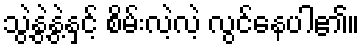
သွဲ့နွဲ့နွဲ့နှင့် စိမ်းလဲ့လဲ့ လွင်နေပါ၏။